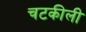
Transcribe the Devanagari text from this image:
चटकीली